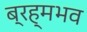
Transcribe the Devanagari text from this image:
ब्रह्मभव